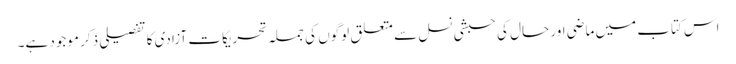
اس کتاب میں ماضی اور حال کی حبشی نسل سے متعلق لوگوں کی جملہ تحریکات آزادی کا تفصیلی ذکر موجود ہے۔